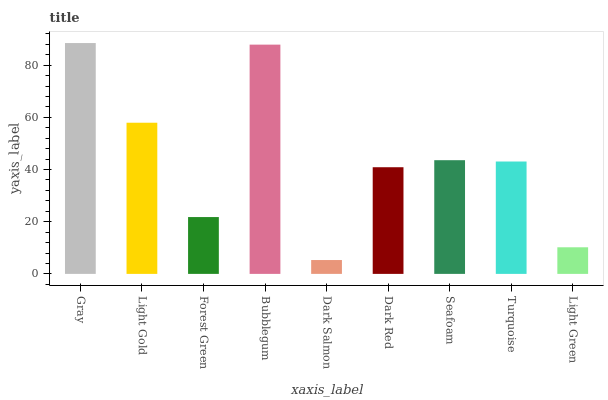
| xaxis_label | bars |
 | --- | --- |
 | Gray | 88.5 |
 | Light Gold | 57.9 |
 | Forest Green | 21.8 |
 | Bubblegum | 87.9 |
 | Dark Salmon | 5.31 |
 | Dark Red | 40.9 |
 | Seafoam | 43.6 |
 | Turquoise | 43.1 |
 | Light Green | 10.2 |